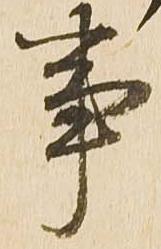
事